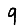
Digit: 9